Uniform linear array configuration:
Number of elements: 12
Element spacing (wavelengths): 0.25
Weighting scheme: hamming
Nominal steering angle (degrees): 0
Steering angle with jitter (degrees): -0.2133
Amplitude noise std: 0.05
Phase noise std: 0.05

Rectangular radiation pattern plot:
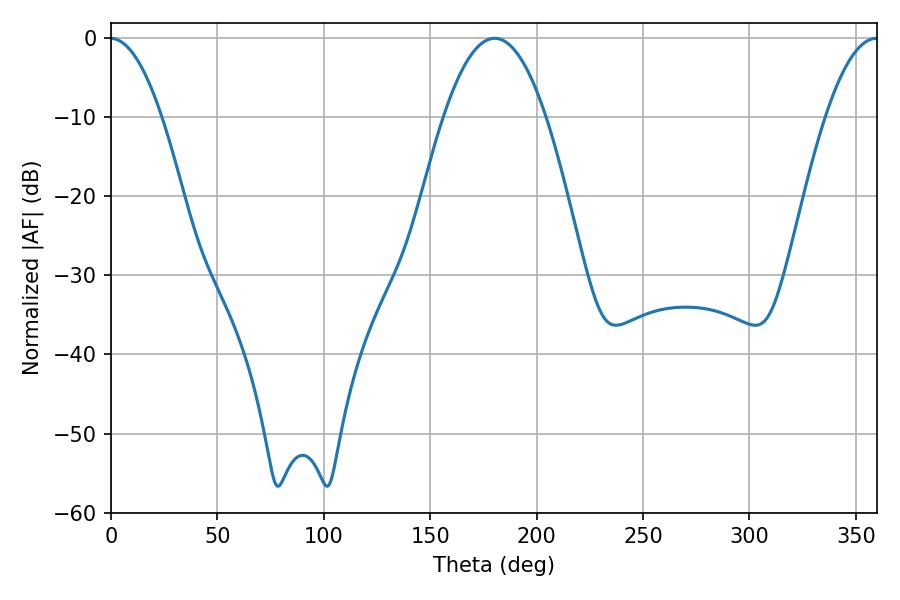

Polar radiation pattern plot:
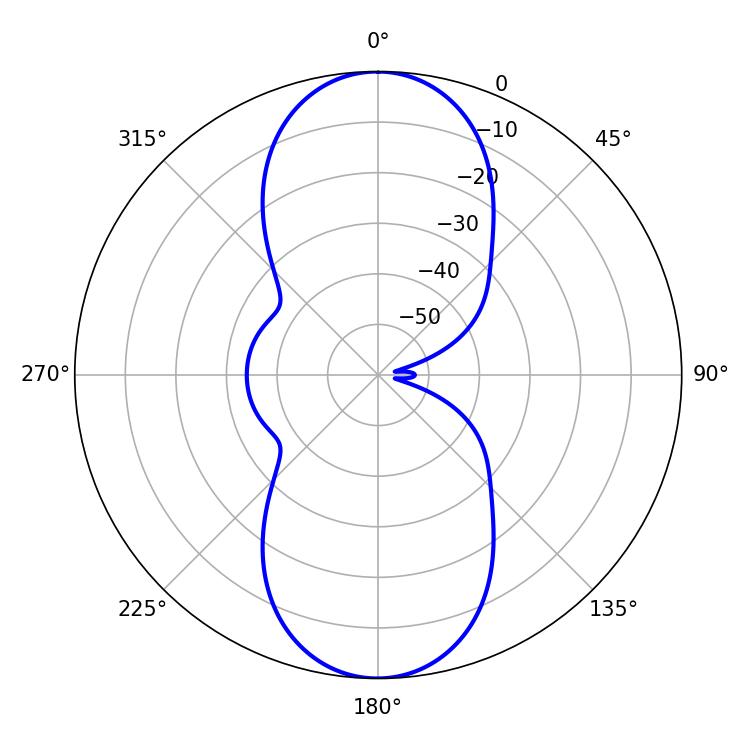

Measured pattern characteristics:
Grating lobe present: FALSE
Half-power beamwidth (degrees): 26.46
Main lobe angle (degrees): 180.36